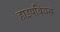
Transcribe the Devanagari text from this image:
हाइपबिंयस